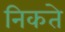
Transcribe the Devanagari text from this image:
निकते